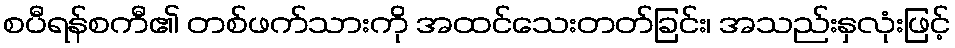
စပီရန်စကီ၏ တစ်ဖက်သားကို အထင်သေးတတ်ခြင်း၊ အသည်းနှလုံးဖြင့်